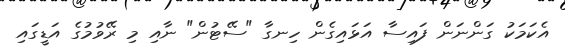
އެކަމަކު ގަންނަން ފައިސާ އަޅައިގެން ހިނގާ "ސޭޓުން" ނާއި މި ރޭވުމުގެ އަޑީގައި